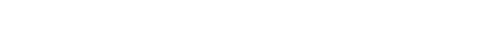
ဝိပဿတော၊ မြင်သောသူအား။ ဣတ္ထိဘာဝေါ၊ မိန်းမအဖြစ်သည်။ ကိံ ကယိရာ၊